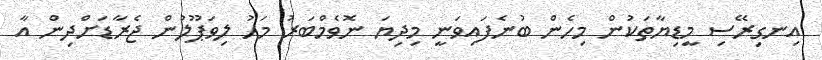
އިނގިރޭސި މީޑިޔާތަކުން މިހެން ބުނެފައިވަނީ މިދިޔަ ނޮވެމްބަރު މަހު ލިވަޕޫލުން ޖެރާޑަށްދިން އާ